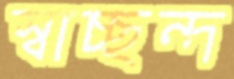
স্বাচ্ছন্দ